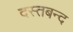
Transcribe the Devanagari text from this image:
दस्तबन्द